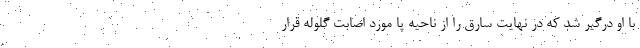
با او درگیر شد که در نهایت سارق را از ناحیه پا مورد اصابت گلوله قرار